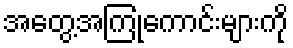
အတွေ့အကြုံကောင်းများကို